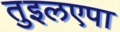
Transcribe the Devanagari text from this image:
तुइलएपा